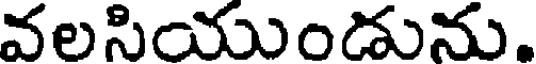
వలసియుండును.